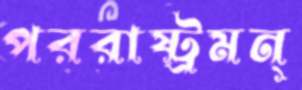
পররাষ্ট্রমন্